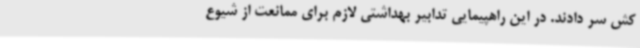
کش سر دادند. در این راهپیمایی تدابیر بهداشتی لازم برای ممانعت از شیوع